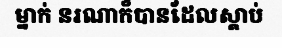
ម្នាក់ នរណាក៏បានដែលស្តាប់